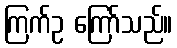
ကြက်ဥ ကြော်သည်။